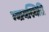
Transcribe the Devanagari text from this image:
न्यायस्थिति